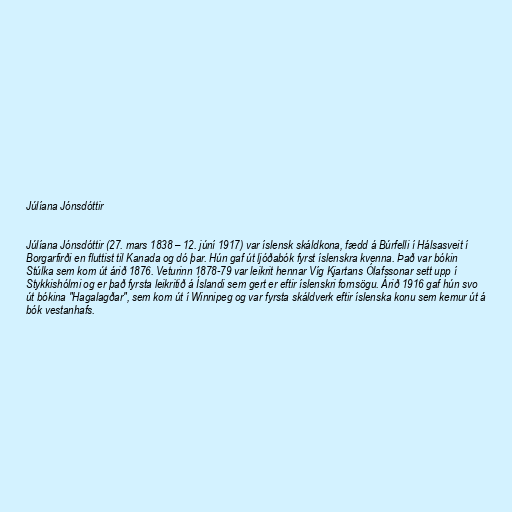
Júlíana Jónsdóttir

Júlíana Jónsdóttir (27. mars 1838 – 12. júní 1917) var íslensk skáldkona, fædd á Búrfelli í Hálsasveit í
Borgarfirði en fluttist til Kanada og dó þar. Hún gaf út ljóðabók fyrst íslenskra kvenna. Það var bókin
Stúlka sem kom út árið 1876. Veturinn 1878-79 var leikrit hennar Víg Kjartans Ólafssonar sett upp í
Stykkishólmi og er það fyrsta leikritið á Íslandi sem gert er eftir íslenskri fornsögu. Árið 1916 gaf hún svo
út bókina "Hagalagðar", sem kom út í Winnipeg og var fyrsta skáldverk eftir íslenska konu sem kemur út á
bók vestanhafs.